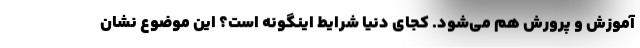
آموزش و پرورش هم می‌شود. کجای دنیا شرایط اینگونه است؟ این موضوع نشان